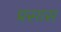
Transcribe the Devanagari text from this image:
प्रसास